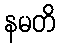
နမတိ